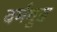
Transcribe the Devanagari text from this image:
वर्मवुड